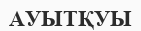
АУЫТҚУЫ